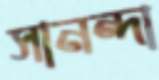
সানন্দা